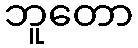
ဘူတော